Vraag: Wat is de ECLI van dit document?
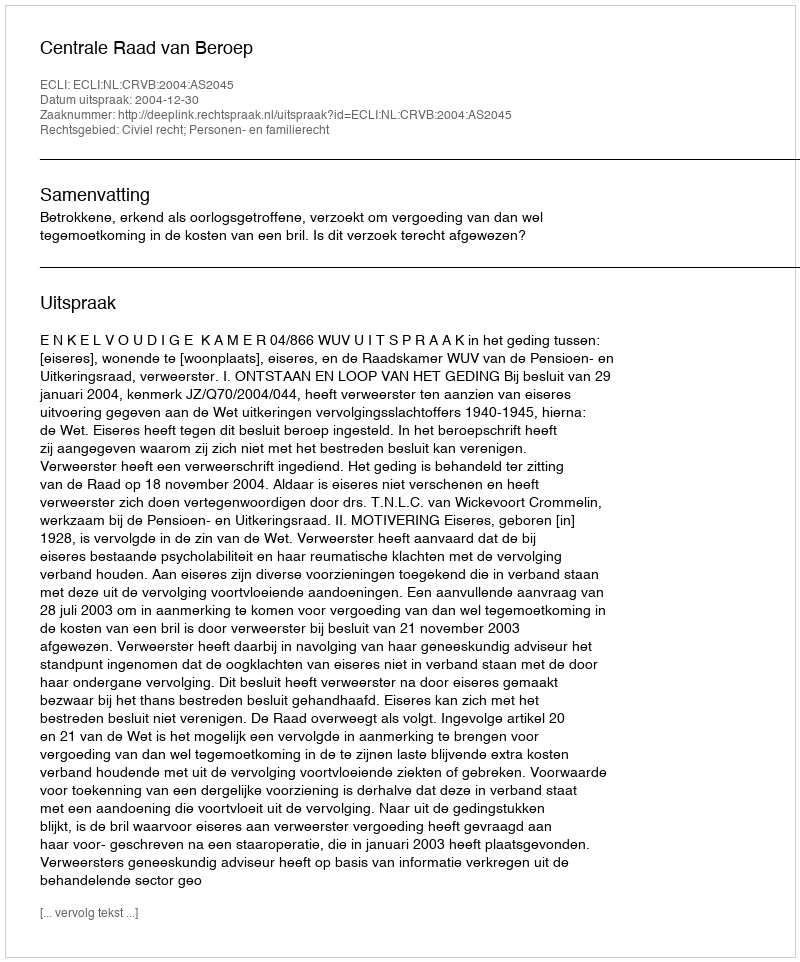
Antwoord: ECLI:NL:CRVB:2004:AS2045